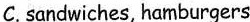
C. sandwiches, hamburgers